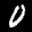
Label: 0